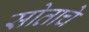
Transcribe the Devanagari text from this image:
सोताचे